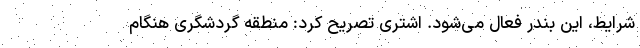
شرایط، این بندر فعال می‌شود. اشتری تصریح کرد: منطقه گردشگری هنگام